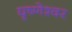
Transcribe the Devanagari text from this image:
घृष्‍णेश्‍वर